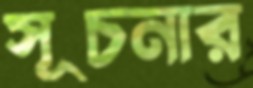
সূচনার